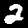
Label: 2